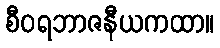
စီဝရဘာဇနီယကထာ။